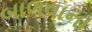
બાળવાના